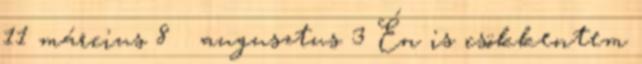
11 március 8 ▼ augusztus 3 Én is csökkentem